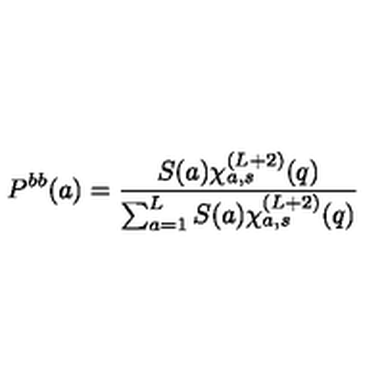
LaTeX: P ^ { b b } ( a ) = \frac { S ( a ) \chi _ { a , s } ^ { ( L + 2 ) } ( q ) } { \sum _ { a = 1 } ^ { L } S ( a ) \chi _ { a , s } ^ { ( L + 2 ) } ( q ) }